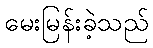
မေးမြန်းခဲ့သည်